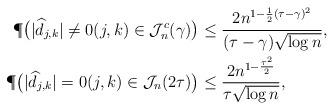
LaTeX: \begin{align*}\P \big( |\widehat{d}_{j,k}| \neq 0 (j,k) \in \mathcal{J}_n^c (\gamma) \big) &\leq \frac{2n^{ 1-\frac{1}{2} (\tau - \gamma)^2}}{(\tau-\gamma)\sqrt{\log n}} , \\\P \big( |\widehat{d}_{j,k}| = 0 (j,k) \in \mathcal{J}_n (2\tau) \big) &\leq \frac{2n^{1-\frac{\tau^2}{2}} }{\tau \sqrt{\log n}} ,\end{align*}